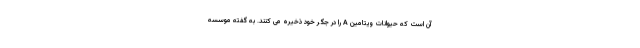
آن است که حیوانات ویتامین A را در جگر خود ذخیره می کنند. به گفته موسسه